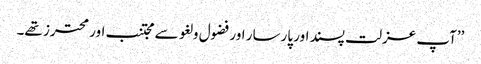
’’آپ عزلت پسند اور پارسار اور فضول و لغو سے مجتنب اور محترز تھے۔